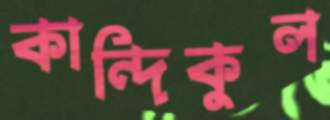
কান্দিকুল